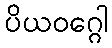
ပိယဝဂ္ဂေါ